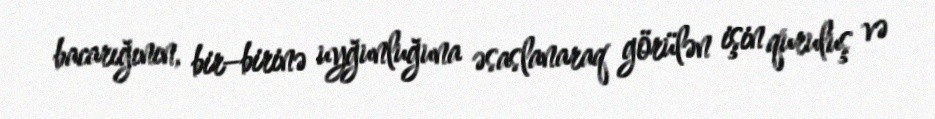
bacarığının, bir–birinə uyğunluğuna əsaslanaraq görülən işin quruluş və